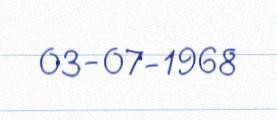
03-07-1968